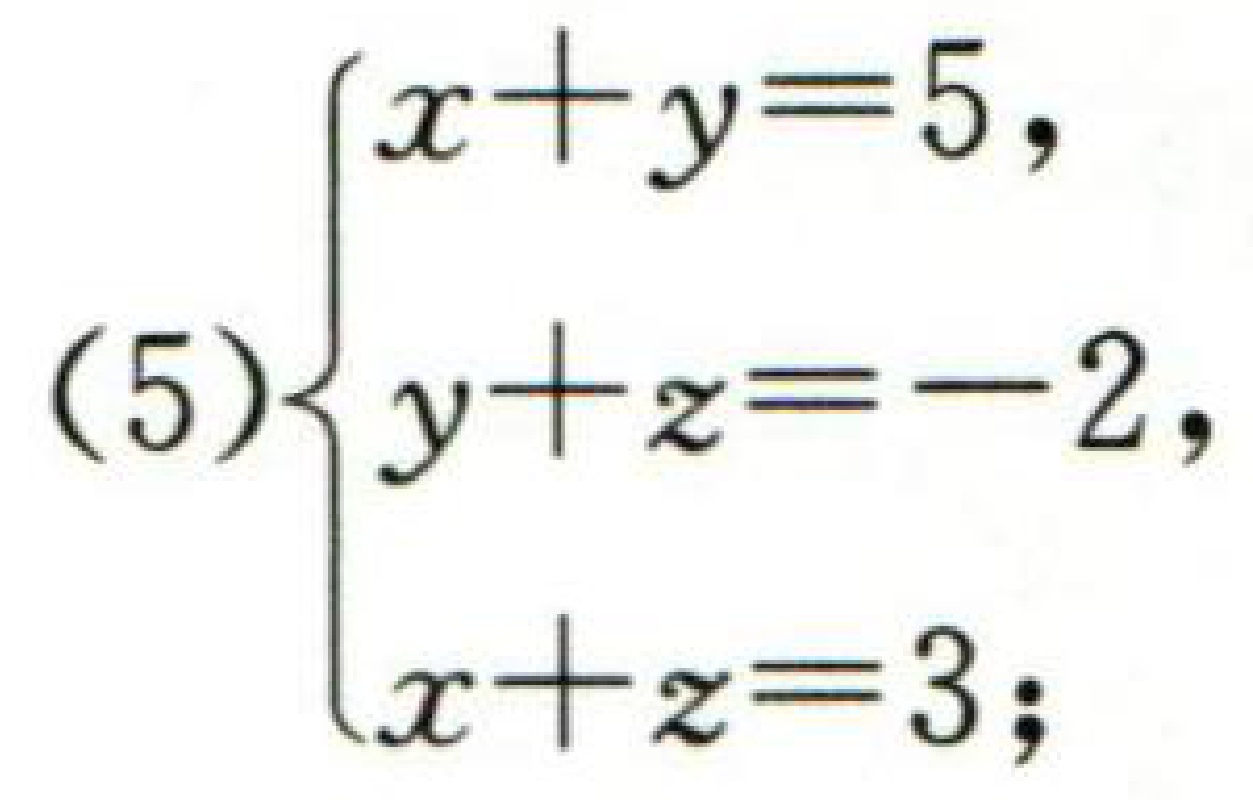
\[(5)\begin{cases}

x + y = 5,\\

y + z = - 2,\\

x + z = 3;

\end{cases}\]